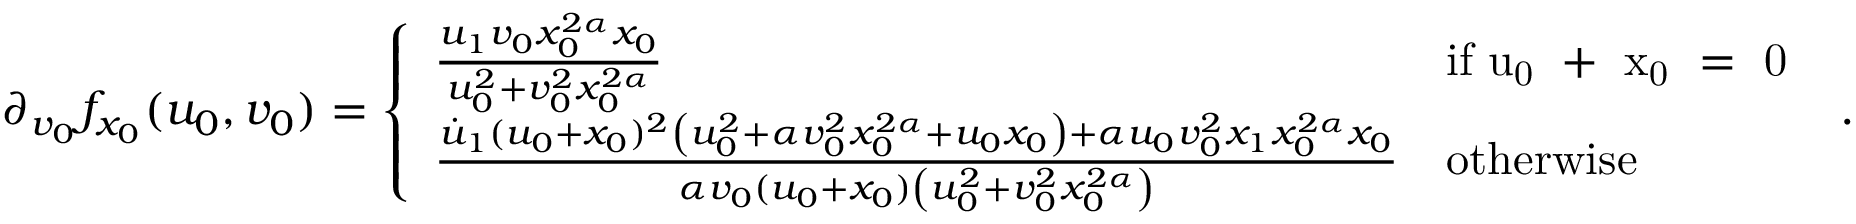
\partial _ { v _ { 0 } } f _ { x _ { 0 } } ( u _ { 0 } , v _ { 0 } ) = \left\{ \begin{array} { l l } { \frac { u _ { 1 } v _ { 0 } x _ { 0 } ^ { 2 \alpha } x _ { 0 } } { u _ { 0 } ^ { 2 } + v _ { 0 } ^ { 2 } x _ { 0 } ^ { 2 \alpha } } } & { \mathrm { i f ~ u _ 0 ~ + ~ x _ 0 ~ = ~ 0 ~ } } \\ { \frac { \dot { u } _ { 1 } ( u _ { 0 } + x _ { 0 } ) ^ { 2 } \left( u _ { 0 } ^ { 2 } + \alpha v _ { 0 } ^ { 2 } x _ { 0 } ^ { 2 \alpha } + u _ { 0 } x _ { 0 } \right) + \alpha u _ { 0 } v _ { 0 } ^ { 2 } x _ { 1 } x _ { 0 } ^ { 2 \alpha } x _ { 0 } } { \alpha v _ { 0 } ( u _ { 0 } + x _ { 0 } ) \left( u _ { 0 } ^ { 2 } + v _ { 0 } ^ { 2 } x _ { 0 } ^ { 2 \alpha } \right) } } & { \mathrm { o t h e r w i s e } } \end{array} \right. .